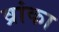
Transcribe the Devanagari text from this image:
व्रांका